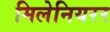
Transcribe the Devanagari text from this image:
मिलेनियरर